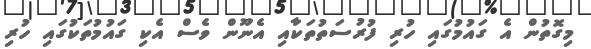
މިގޮތުން އެ ގައުމުގައި ހުރި ފުރުސަތުތަކާއި އެނޫން ވެސް އެކި ގައުމުތަކުގައި ހުރި